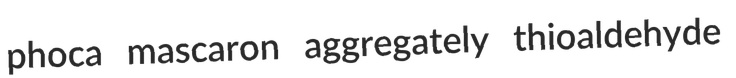
phoca mascaron aggregately thioaldehyde